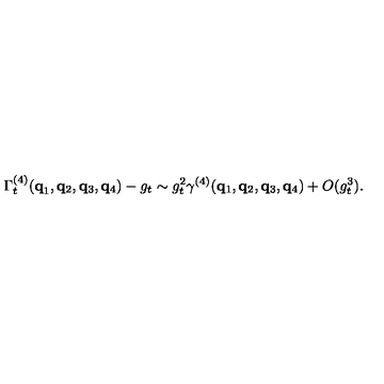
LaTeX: \Gamma _ { t } ^ { ( 4 ) } ( { \bf { q } } _ { 1 } , { \bf { q } } _ { 2 } , { \bf { q } } _ { 3 } , { \bf { q } } _ { 4 } ) - g _ { t } \sim g _ { t } ^ { 2 } \gamma ^ { ( 4 ) } ( { \bf { q } } _ { 1 } , { \bf { q } } _ { 2 } , { \bf { q } } _ { 3 } , { \bf { q } } _ { 4 } ) + O ( g _ { t } ^ { 3 } ) .